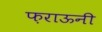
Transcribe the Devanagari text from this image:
फ़राऊनी